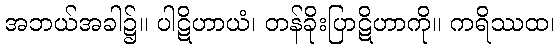
အဘယ်အခါ၌။ ပါဋိဟာယံ၊ တန်ခိုးပြာဋိဟာကို။ ကရိဿထ၊